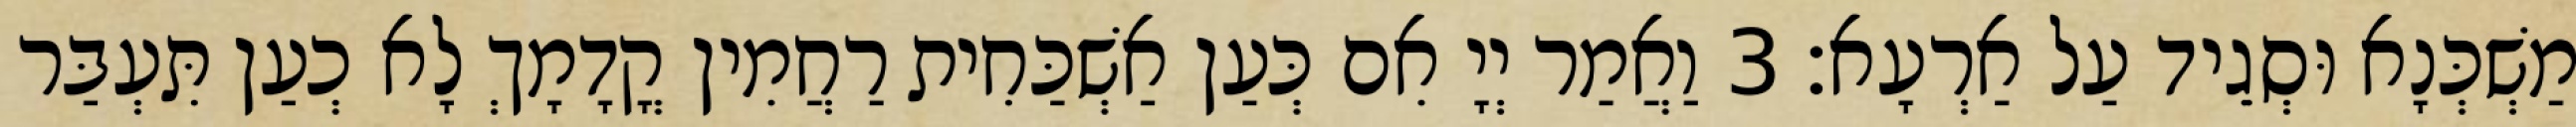
מַשְׁכְּנָא וּסְגֵיד עַל אַרְעָא׃ 3 וַאֲמַר יְיָ אִם כְּעַן אַשְׁכַּחִית רַחֲמִין קֳדָמָךְ לָא כְעַן תִּעְבַּר